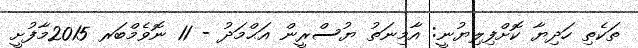
ތަކެތި ހަދިޔާ ކޮށްފިލިޔުނީ: އާމިނަތު ޔުސްރީން އަޙްމަދު - 11 ނޮވެމްބަރ 2015މާފުށީ